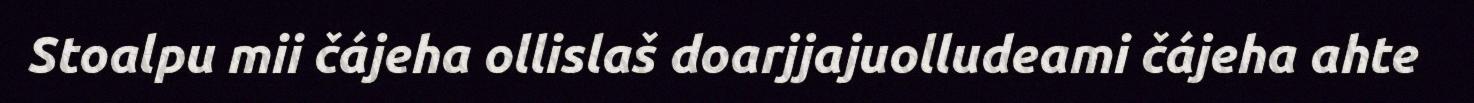
Stoalpu mii čájeha ollislaš doarjjajuolludeami čájeha ahte